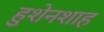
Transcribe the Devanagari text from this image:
हुशेनशाह